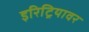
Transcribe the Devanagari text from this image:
इरिट्रियावर